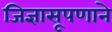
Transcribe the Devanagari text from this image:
जिज्ञासूपणाने